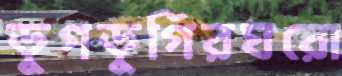
ডুগডুগিরঘরো